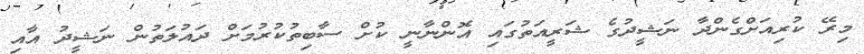
މިރޭ ކުރިއަށްގެންދާ ނަޝީދުގެ ޝަރީއަތުގައި އޮންނާނީ ކުށް ސާބިތުކުރުމަށް ދައުލަތުން ނަޝީދު އާއި